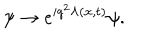
LaTeX: \psi \rightarrow e ^ { i q ^ { 2 } \Lambda ( { \bf x } , t ) } \psi .